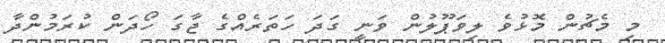
މި މެޗުން މޮޅުވެ ލިވަޕޫލުން ވަނީ ގަދަ ހަތަރެއްގެ ޖާގަ ހޯދަން ކުރަމުންދާ